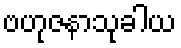
ဗဟုဇနာသုခါယ